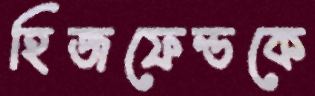
হিজফেল্ডকে